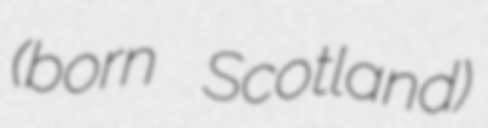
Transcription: (born Scotland)